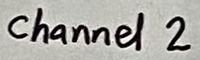
Text: channel 2